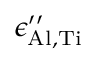
\epsilon _ { \mathrm { A l , T i } } ^ { \prime \prime }